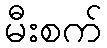
မီးစက်